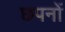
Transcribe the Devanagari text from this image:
छपनों